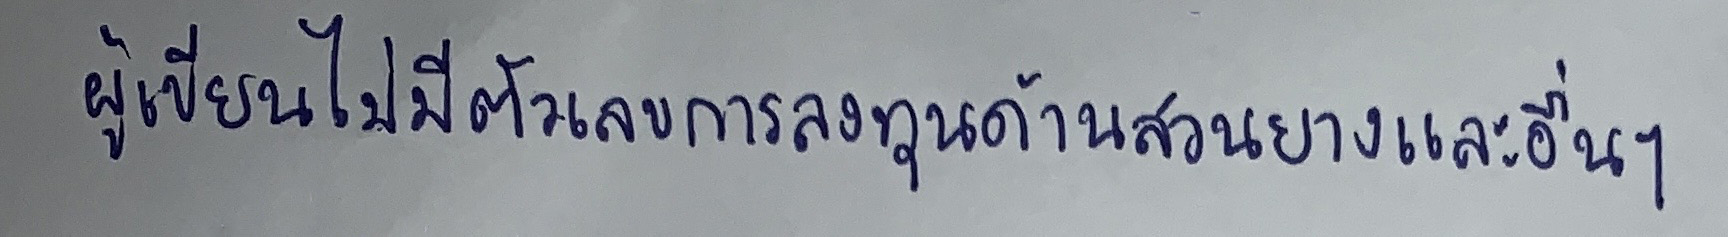
ผู้เขียนไม่มีตัวเลขการลงทุนด้านสวนยางและอื่นๆ